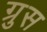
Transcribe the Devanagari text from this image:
ग्रुस